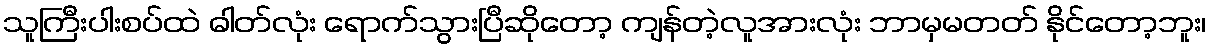
သူကြီးပါးစပ်ထဲ ဓါတ်လုံး ရောက်သွားပြီဆိုတော့ ကျန်တဲ့လူအားလုံး ဘာမှမတတ် နိုင်တော့ဘူး၊